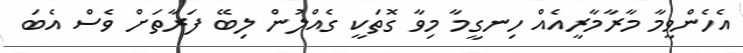
އެހެންވީމާ މާރާމާރީއެއް ހިނގީމާ މިވާ ގޮތަކީ ގެއްލުން ލިބޭ ފަރާތަށް ވެސް އެބަ